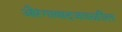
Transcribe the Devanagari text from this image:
औरंगाबादजवळील